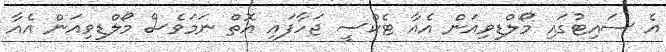
އެ ސައިޓުގައި މޯލްޑިވިއަން އެއާ ޓެކްސީ ޖަހާފައި އޮތް ނަމަވެސް މޯލްޑިވިއަން އެއާ